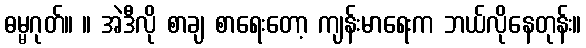
ဓမ္မဂုတ်။ ။ အဲဒီလို စာချ စာရေးတော့ ကျန်းမာရေးက ဘယ်လိုနေတုန်း။